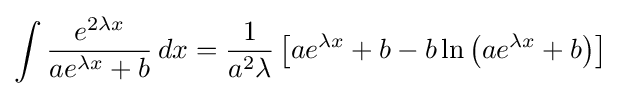
\int {\frac {e^{2\lambda x}}{ae^{\lambda x}+b}}\,dx={\frac {1}{a^{2}\lambda }}\left[ae^{\lambda x}+b-b\ln \left(ae^{\lambda x}+b\right)\right]